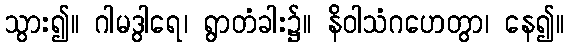
သွား၍။ ဂါမဒွါရေ၊ ရွာတံခါး၌။ နိဝါသံဂဟေတွာ၊ နေ၍။